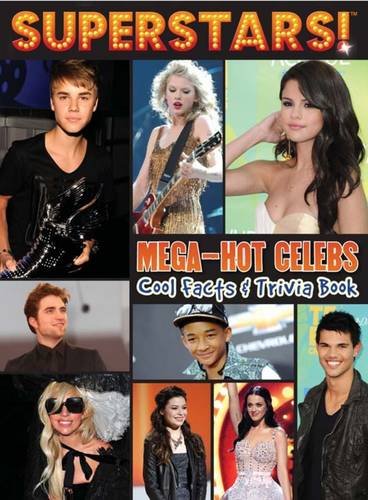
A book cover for Superstars! Trivia, Facts and Quizzes: Cool Facts & Trivia; Superstars!; Teen & Young Adult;